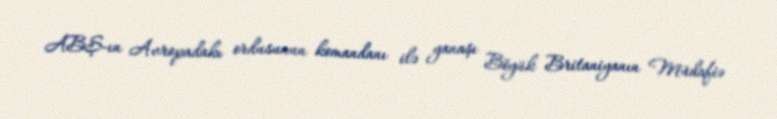
ABŞ-ın Avropadakı ordusunun komandanı ilə yanaşı Böyük Britaniyanın Müdafiə